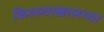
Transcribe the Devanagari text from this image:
किल्ल्याखालच्या